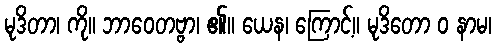
မုဒိတာ၊ ကို။ ဘာဝေတဗ္ဗာ၊ ၏။ ယေန၊ ကြောင့်။ မုဒိတော ဝ နာမ၊